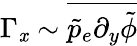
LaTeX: \Gamma_{\mathit{x}}\sim\overline{{{\tilde{{p}}_{e}\partial_{y}\tilde{{\phi}}}}}